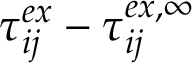
\tau _ { i j } ^ { e x } - \tau _ { i j } ^ { e x , \infty }